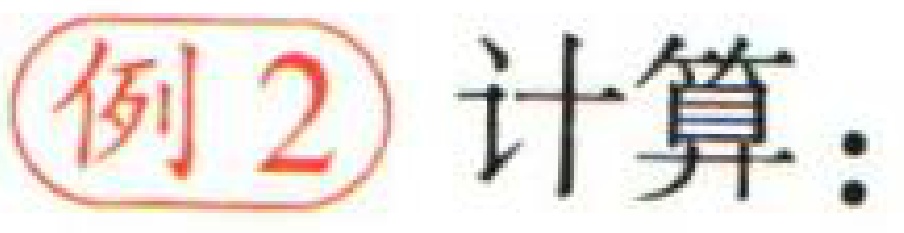
例2 计算：